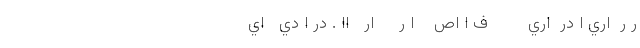
ر ر  اري ا در  اري        ف ا اص    ا ر     ار   اا . در ا دي   اي